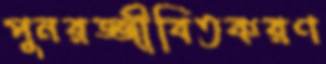
পুনরজ্জীবিতকরণ